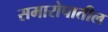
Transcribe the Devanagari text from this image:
समारोपातील